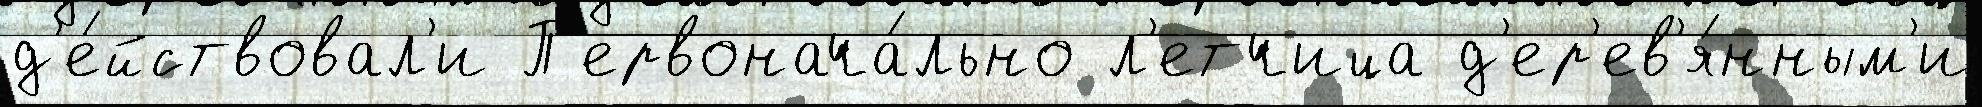
д'е́йствовал'и П'ервонача́льно л'етчица д'ер'ев'я́нным'и